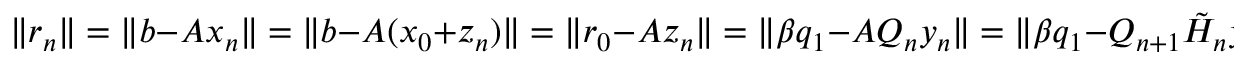
\| r _ { n } \| = \| b - A x _ { n } \| = \| b - A ( x _ { 0 } + z _ { n } ) \| = \| r _ { 0 } - A z _ { n } \| = \| \beta q _ { 1 } - A Q _ { n } y _ { n } \| = \| \beta q _ { 1 } - Q _ { n + 1 } { \tilde { H } } _ { n } y _ { n } \| = \| Q _ { n + 1 } ( \beta e _ { 1 } - { \tilde { H } } _ { n } y _ { n } ) \| = \| \beta e _ { 1 } - { \tilde { H } } _ { n } y _ { n } \| ,